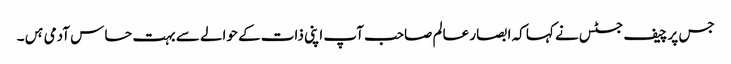
جس پر چیف جسٹس نے کہا کہ ابصار عالم صاحب آپ اپنی ذات کے حوالے سے بہت حساس آدمی ہں۔